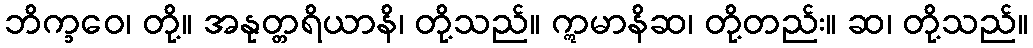
ဘိက္ခဝေ၊ တို့။ အနုတ္တရိယာနိ၊ တို့သည်။ ဣမာနိဆ၊ တို့တည်း။ ဆ၊ တို့သည်။